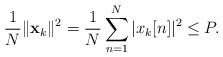
LaTeX: \begin{align*} \frac{1}{N}\| \mathbf{x}_k\|^2 = \frac{1}{N}\sum_{n=1}^N |x_k[n]|^2 \leq P.\end{align*}